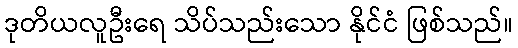
ဒုတိယလူဦးရေ သိပ်သည်းသော နိုင်ငံ ဖြစ်သည်။